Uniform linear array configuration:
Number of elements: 16
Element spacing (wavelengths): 1
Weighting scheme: hann
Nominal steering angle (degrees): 30
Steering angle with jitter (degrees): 29.044
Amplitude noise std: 0.05
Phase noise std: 0.05

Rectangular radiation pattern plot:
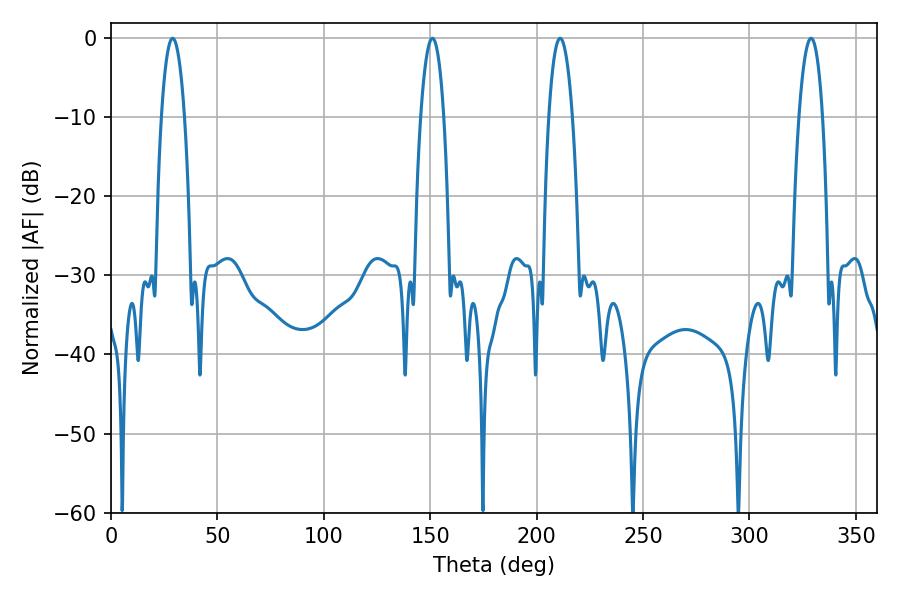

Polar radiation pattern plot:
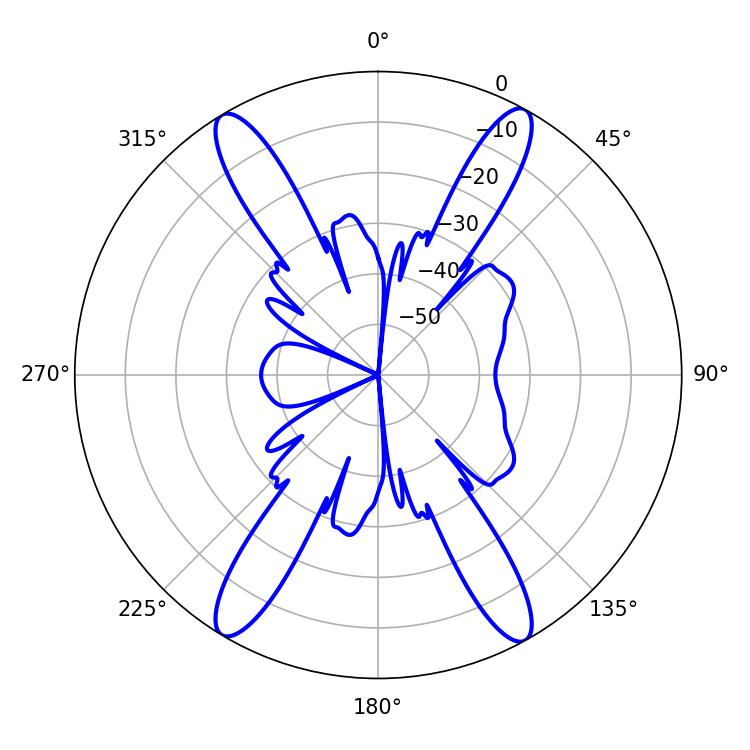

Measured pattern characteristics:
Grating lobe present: TRUE
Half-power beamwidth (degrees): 6.12
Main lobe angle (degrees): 28.98